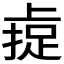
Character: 𫠼